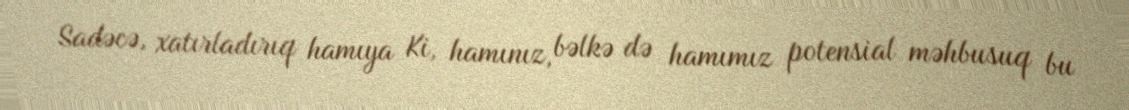
Sadəcə, xatırladırıq hamıya Ki, hamınız, bəlkə də hamımız potensial məhbusuq bu